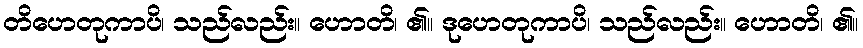
တိဟေတုကာပိ၊ သည်လည်း။ ဟောတိ၊ ၏။ ဒုဟေတုကာပိ၊ သည်လည်း။ ဟောတိ၊ ၏။